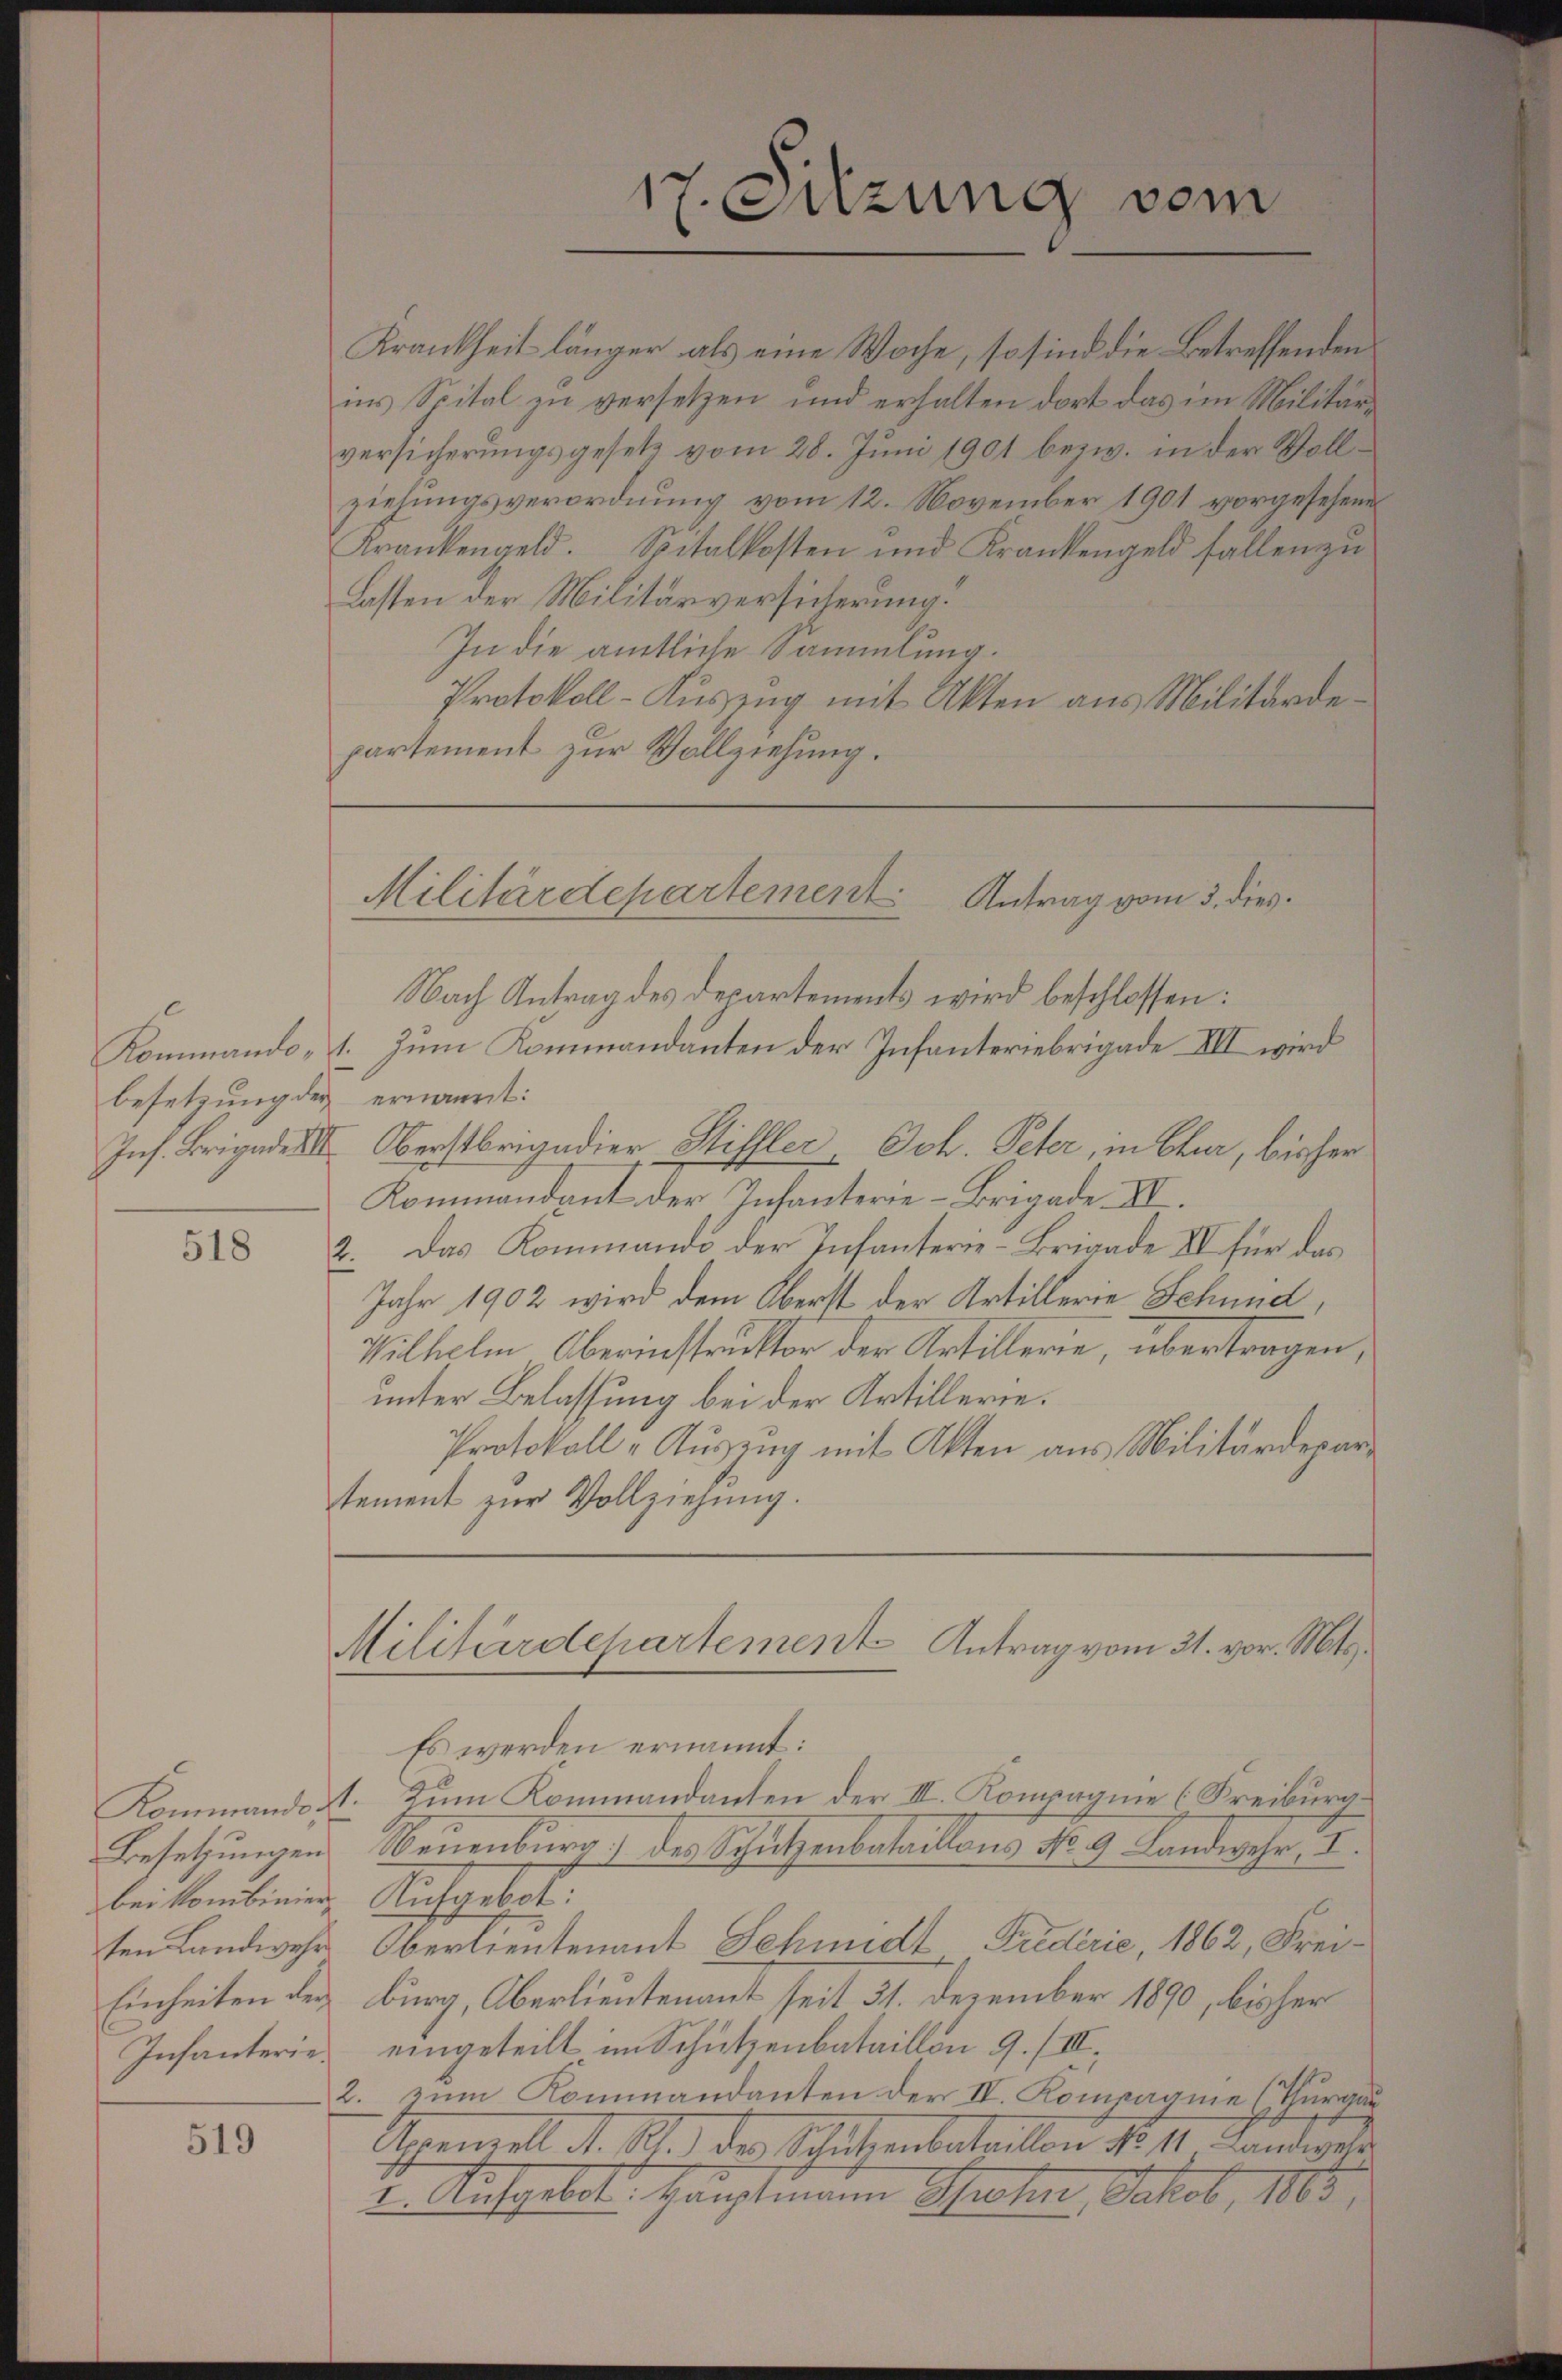
besetzung der ernannt:

518

Besetzungen
bei kombinier
ten Landwehr
Infanterie.

519

Krankheit länger als eine Woche, so sind die Betreffenden
ins Spital zu versetzen und erhalten dort das im Militärversicherŭngsgesetz vom 28. Jŭni 1901 bezw. in der Voll-
ziehungsverordnung vom 12. November 1901 vorgesehene
Krankengeld. Spitalkosten und Krankengeld fallen zu
Lasten der Militärversicherung.
In die amtliche Sammlung.
Protokoll-Auszug mit Akten aus Militärdepartement zur Vollziehung.

17. Sitzung vom

Militärdepartement. Antrag vom 3. dies

Nach Antrag des Departements wird beschlossen:
Kommando- 1. Zum Kommandanten der Infanteriebrigade III wird
Ins. Brigade III. Oberstbrigadier Stifler, Joh. Peter, in Chur, bisher
Kommandant der Infanterie-Brigade III
2. Das Kommando der Infanterie-Brigade XI für das
Jahr 1902 wird dem Oberst der Artillerie Schund,
Wilhelm Oberinstruktor der Artillerie, übertragen,
unter Belassung bei der Artillerie.
Protokoll-Auszug mit Akten aus Militärdepartement zŭr Vollziehung.

Militärdepartement Antrag vom 31. vor. Mts.

Es werden ernannt:
Kommandort. Zum Kommandanten der III. Kompagnie (Freiburg-
Neuenburg) des Schutzenbataillons No. 9 Landwehr, I.
Aufgebot.
Oberlieutenant Schmidt, Friderie, 1862, Frei¬
Einheiten der burg, Oberlieutenant seit 31. Dezember 1890, bisher
eingeteilt im Schutzenbataillon 9. II.
2. zum Kommandanten der IV. Kompagnie (Thurgau
Appenzell A. Rh. der Schutzenbataillon No 11. Landwehr
I. Aufgebot. Hauptmann Spahn, Jakob, 1883,